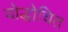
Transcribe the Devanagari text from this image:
योद्धोचित